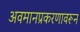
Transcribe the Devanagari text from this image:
अवमानप्रकरणावरून